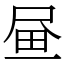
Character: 𡱮